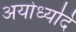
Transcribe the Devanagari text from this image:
अयोध्यदि